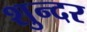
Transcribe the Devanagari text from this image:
शुन्दर